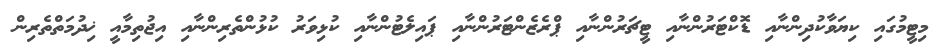
މިޓީމުގައި ކިޔަވާކުދިންނާއި ޑޮކްޓަރުންނާއި ޓީޗަރުންނާއި ޕްރެޒެންޓަރުންނާއި ޕައިލެޓުންނާއި ކުޅިވަރު ކުޅުންތެރިންނާއި އިޖުތިމާއީ ޚިދުމަތްތެރިން